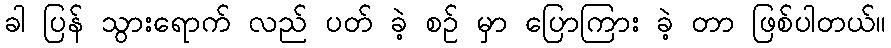
ခါ ပြန် သွားရောက် လည် ပတ် ခဲ့ စဉ် မှာ ပြောကြား ခဲ့ တာ ဖြစ်ပါတယ်။